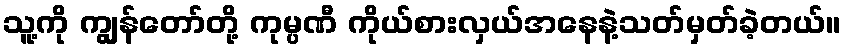
သူ့ကို ကျွန်တော်တို့ ကုမ္ပဏီ ကိုယ်စားလှယ်အနေနဲ့သတ်မှတ်ခဲ့တယ်။